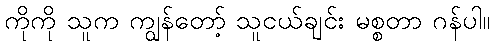
ကိုကို သူက ကျွန်တော့် သူငယ်ချင်း မစ္စတာ ဂန်ပါ။